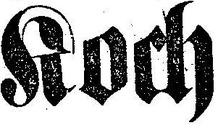
Koch